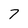
Character: 7